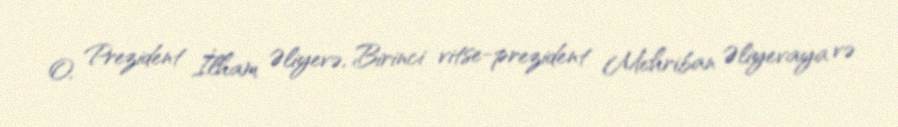
O, Prezident İlham Əliyevə, Birinci vitse-prezident Mehriban Əliyevaya və